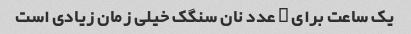
یک ساعت برای ۳ عدد نان سنگک خیلی زمان زیادی است